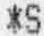
*S